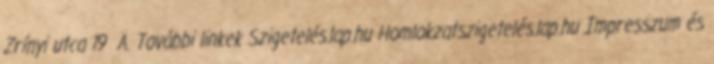
Zrínyi utca 19 A. További linkek Szigetelés.lap.hu Homlokzatszigetelés.lap.hu Impresszum és